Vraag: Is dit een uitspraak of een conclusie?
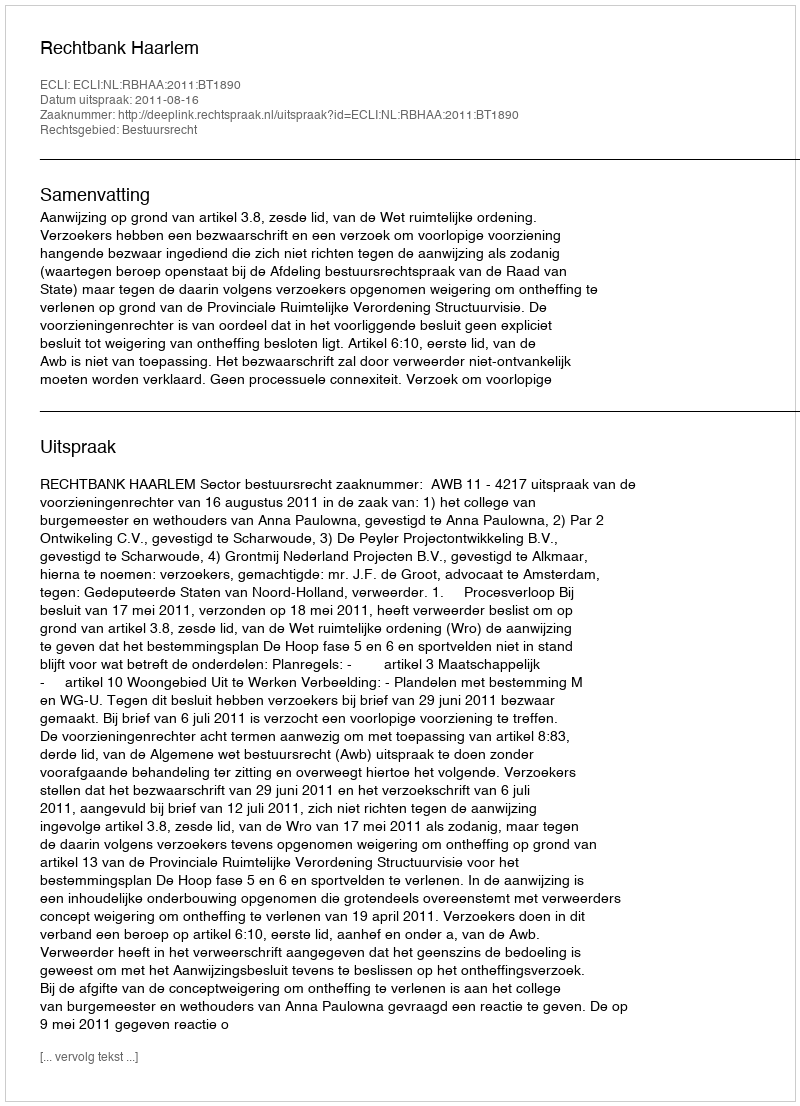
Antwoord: Uitspraak